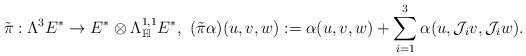
LaTeX: \begin{align*}\tilde{\pi} : \Lambda^{3} E^{*} \rightarrow E^{*}\otimes \Lambda^{1,1}_{\mathbb{H}} E^{*},\ (\tilde{\pi}\alpha ) (u, v, w):= \alpha ( u, v, w) +\sum_{i=1}^{3} \alpha (u,\mathcal J_{i}v, \mathcal J_{i}w).\end{align*}